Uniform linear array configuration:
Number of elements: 24
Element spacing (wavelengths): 1
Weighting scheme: hann
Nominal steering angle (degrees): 45
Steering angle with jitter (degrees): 43.018
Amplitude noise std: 0.05
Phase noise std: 0.05

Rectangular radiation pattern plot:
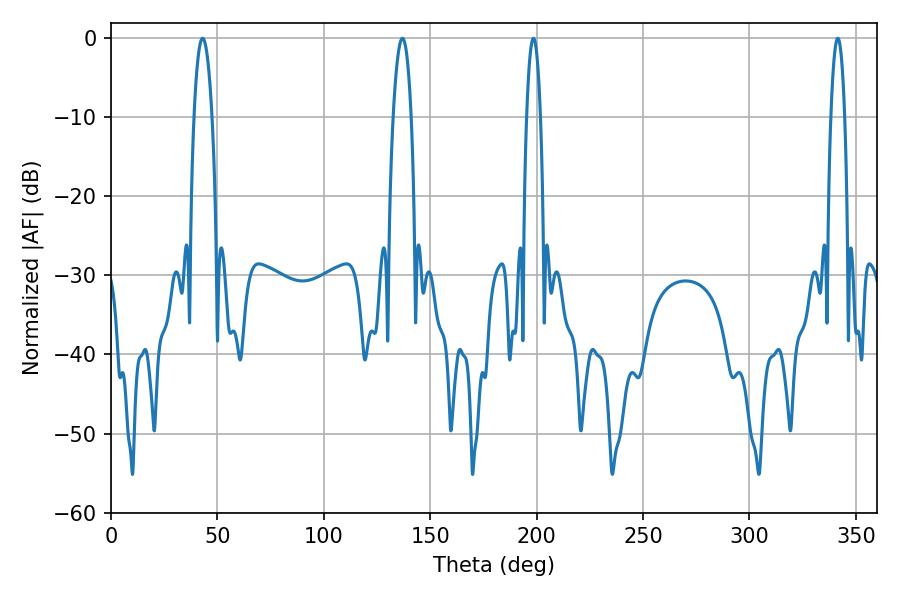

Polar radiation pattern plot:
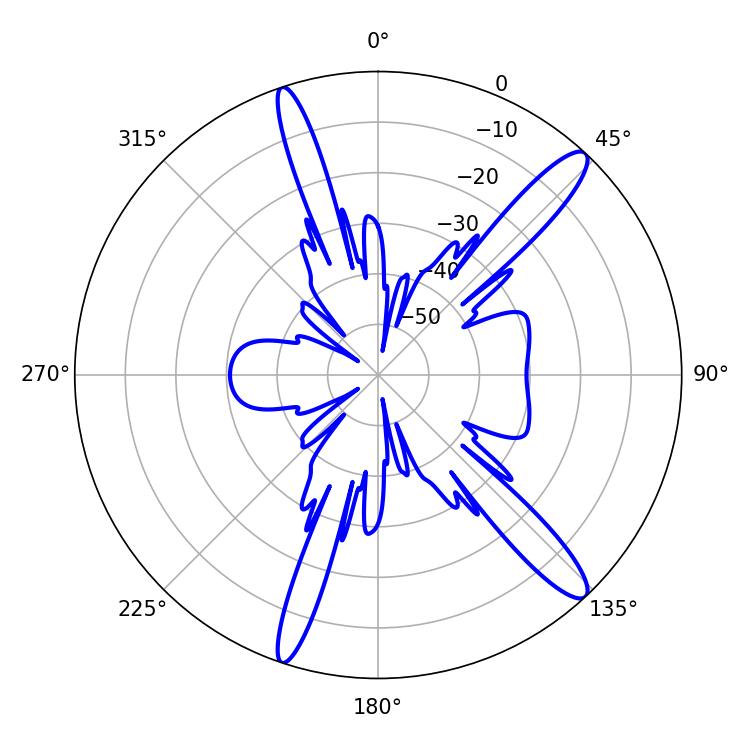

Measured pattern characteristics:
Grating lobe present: TRUE
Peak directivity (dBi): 14.06
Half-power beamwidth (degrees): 4.86
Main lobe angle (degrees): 43.02